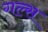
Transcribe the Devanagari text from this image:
गल्स